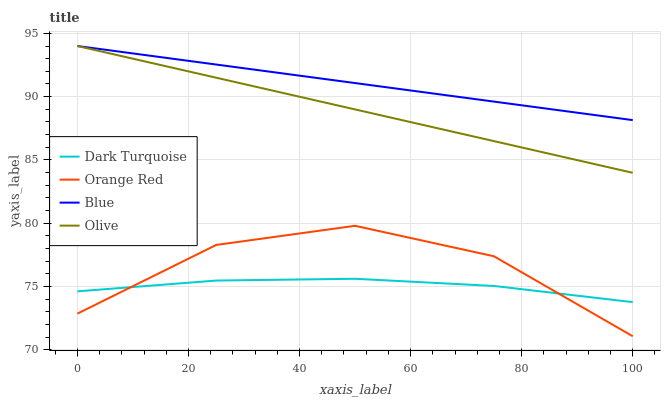
| xaxis_label | Dark Turquoise | Orange Red | Blue | Olive |
 | --- | --- | --- | --- | --- |
 | 0 | 74.6 | 72.8 | 94 | 94 |
 | 25 | 75.5 | 78.3 | 92.5 | 91.5 |
 | 50 | 75.6 | 79.8 | 91.1 | 89 |
 | 75 | 75 | 77.4 | 89.6 | 86.5 |
 | 100 | 73.8 | 71.1 | 88.1 | 84 |